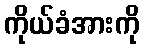
ကိုယ်ခံအားကို